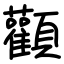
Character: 顴